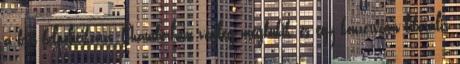
a brit belpolitikára. Chamberlain végleg megbukik, és egy konzervatív-liberális